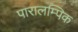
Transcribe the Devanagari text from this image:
पारालम्पिक